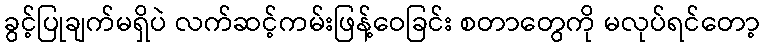
ခွင့်ပြုချက်မရှိပဲ လက်ဆင့်ကမ်းဖြန့်ဝေခြင်း စတာတွေကို မလုပ်ရင်တော့